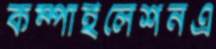
কম্পাইলেশনএ